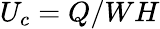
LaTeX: U_{c}=Q/WH